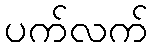
ပက်လက်